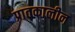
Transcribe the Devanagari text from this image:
प्रातकालीन